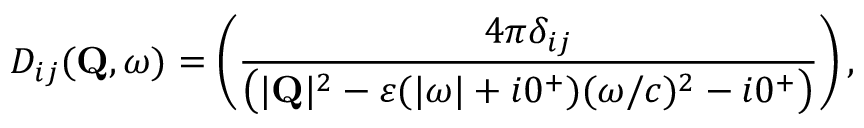
D _ { i j } ( { \bf Q } , \omega ) = \left( { \frac { 4 \pi \delta _ { i j } } { \big ( | { \bf Q } | ^ { 2 } - \varepsilon ( | \omega | + i 0 ^ { + } ) ( \omega / c ) ^ { 2 } - i 0 ^ { + } \big ) } } \right) ,